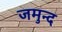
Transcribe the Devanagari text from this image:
जमुन्द